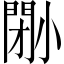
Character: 𡮤